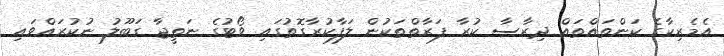
އެމެރިކާގެ ކަންތައްތައް ދިރާސާ ކުރާ ފަރާތްތަކުން ލަފާކުރާގޮތުގައި ވޯޓުގެ ނަތީޖާ ގަބޫލު ނުކުރައްވައި